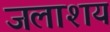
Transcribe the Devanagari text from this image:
जलाश्‍ाय